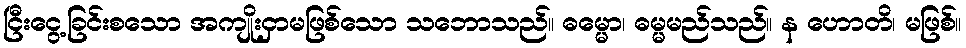
ငြီးငွေ့ခြင်းစသော အကျိုးငှာမဖြစ်သော သဘောသည်။ ဓမ္မော၊ ဓမ္မမည်သည်။ န ဟောတိ၊ မဖြစ်။